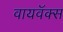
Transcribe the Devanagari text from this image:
वायवॅक्स